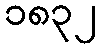
၁၈၃၂